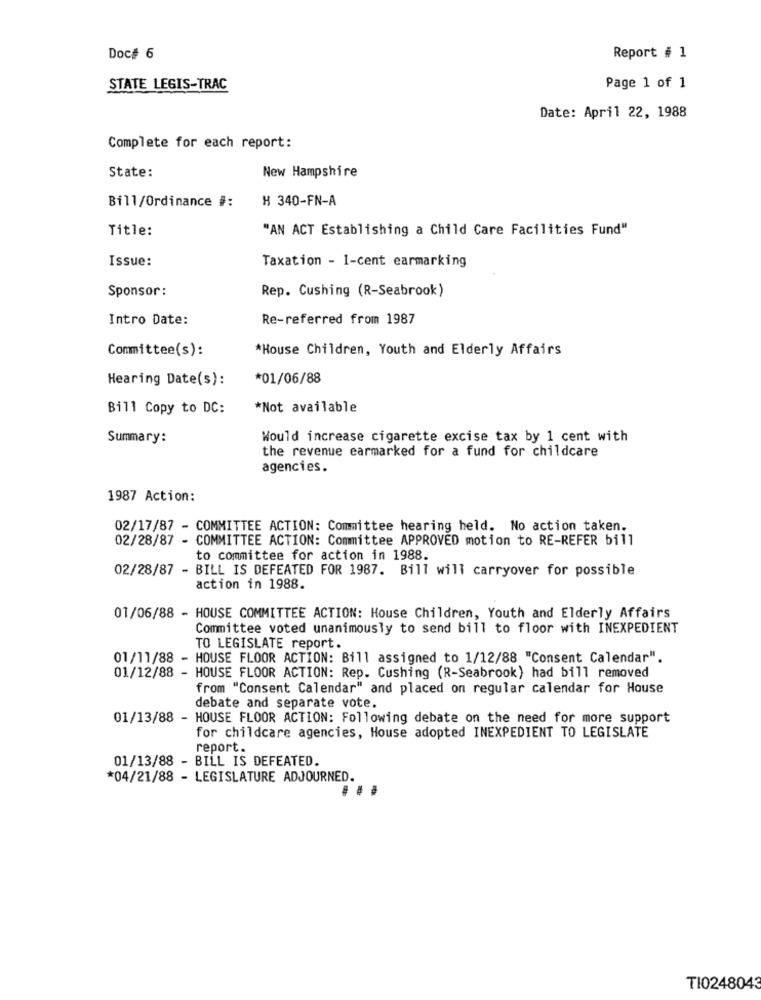
Doc# 6
Report # 1
STATE LEGIS-TRAC
Page 1 of 1
Date: April 22, 1988
Complete for each report:
State:
New Hampshire
Bill/Ordinance #:
H 340-FN-A
Title:
"AN ACT Establishing a Child Care Facilities Fund"
Issue:
Taxation - I-cent earmarking
Sponsor :
Rep. Cushing (R-Seabrook)
Intro Date:
Re-referred from 1987
Committee(s):
*House Children, Youth and Elderly Affairs
Hearing Date(s):
*01/06/88
Bill Copy to DC:
*Not available
Summary:
Would increase cigarette excise tax by 1 cent with
the revenue earmarked for a fund for childcare
agencies.
1987 Action:
02/17/87 - COMMITTEE ACTION: Committee hearing held. No action taken.
02/28/87 - COMMITTEE ACTION: Committee APPROVED motion to RE-REFER bill
to committee for action in 1988.
02/28/87 - BILL IS DEFEATED FOR 1987. Bill will carryover for possible
action in 1988.
01/06/88 - HOUSE COMMITTEE ACTION: House Children, Youth and Elderly Affairs
Committee voted unanimously to send bill to floor with INEXPEDIENT
TO LEGISLATE report.
01/11/88 - HOUSE FLOOR ACTION: Bill assigned to 1/12/88 "Consent Calendar".
01/12/88 - HOUSE FLOOR ACTION: Rep. Cushing (R-Seabrook) had bill removed
from "Consent Calendar" and placed on regular calendar for House
debate and separate vote.
01/13/88 - HOUSE FLOOR ACTION: Following debate on the need for more support
for childcare agencies, House adopted INEXPEDIENT TO LEGISLATE
report.
01/13/88 - BILL IS DEFEATED.
*04/21/88 - LEGISLATURE ADJOURNED.
...
TI0248043